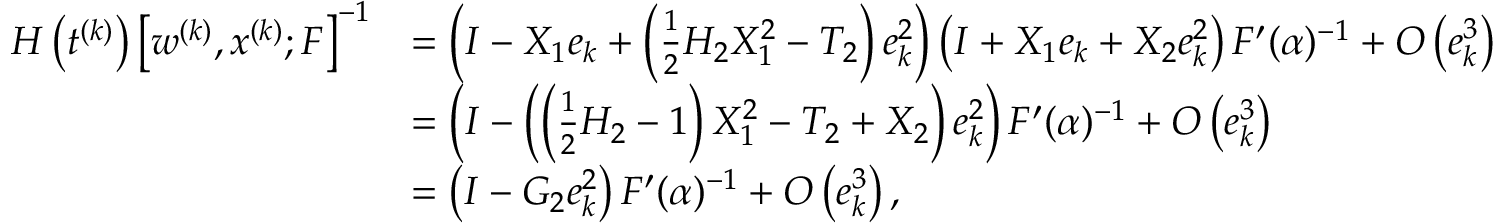
\begin{array} { r l } { H \left( t ^ { ( k ) } \right) \left[ w ^ { ( k ) } , x ^ { ( k ) } ; F \right] ^ { - 1 } } & { = \left( I - X _ { 1 } e _ { k } + \left( \frac { 1 } { 2 } H _ { 2 } X _ { 1 } ^ { 2 } - T _ { 2 } \right) e _ { k } ^ { 2 } \right) \left( I + X _ { 1 } e _ { k } + X _ { 2 } e _ { k } ^ { 2 } \right) F ^ { \prime } ( \alpha ) ^ { - 1 } + O \left( e _ { k } ^ { 3 } \right) } \\ & { = \left( I - \left( \left( \frac { 1 } { 2 } H _ { 2 } - 1 \right) X _ { 1 } ^ { 2 } - T _ { 2 } + X _ { 2 } \right) e _ { k } ^ { 2 } \right) F ^ { \prime } ( \alpha ) ^ { - 1 } + O \left( e _ { k } ^ { 3 } \right) } \\ & { = \left( I - G _ { 2 } e _ { k } ^ { 2 } \right) F ^ { \prime } ( \alpha ) ^ { - 1 } + O \left( e _ { k } ^ { 3 } \right) , } \end{array}